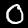
Digit: 0